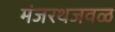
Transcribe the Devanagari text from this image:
मंजरथजवळ